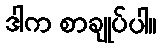
ဒါက စာချုပ်ပါ။